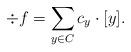
LaTeX: \begin{align*}\div f = \sum_{y \in C} c_y \cdot [y].\end{align*}